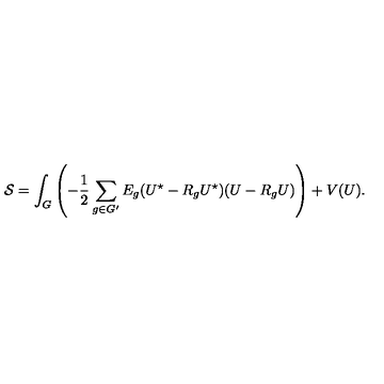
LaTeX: { \cal S } = \int _ { G } \left( - \frac { 1 } { 2 } \sum _ { g \in G ^ { \prime } } E _ { g } ( U ^ { \star } - R _ { g } U ^ { \star } ) ( U - R _ { g } U ) \right) + V ( U ) .